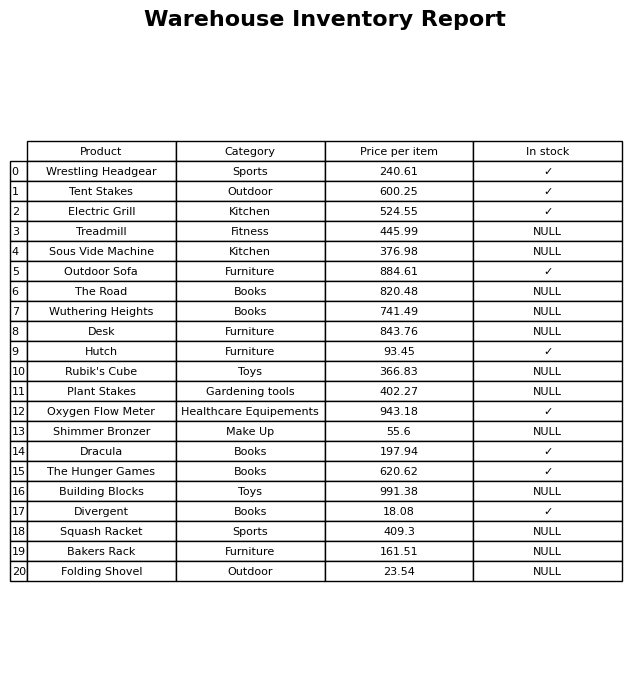
question: What is the stock status of the The Road?
answer: NULL